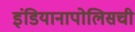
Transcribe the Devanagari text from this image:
इंडियानापोलिसची